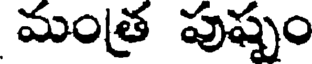
మంత్ర పుష్పం